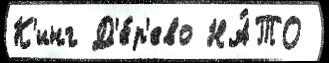
К'инг Д'е́р'ево НА́ТО